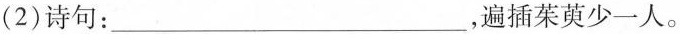
（2）诗句：___，遍插茱萸少一人。